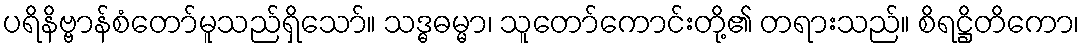
ပရိနိဗ္ဗာန်စံတော်မူသည်ရှိသော်။ သဒ္ဓဓမ္မာ၊ သူတော်ကောင်းတို့၏ တရားသည်။ စိရဋ္ဌိတိကော၊